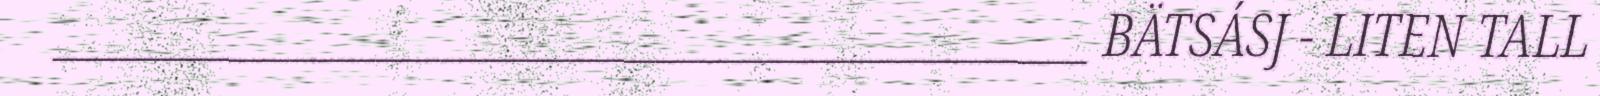
________________________________________________ BÄTSÁSJ - LITEN TALL